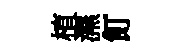
植濕飣